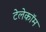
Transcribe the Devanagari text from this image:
टेलेकॉम